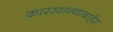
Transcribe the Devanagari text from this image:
कारखान्याबाहेर